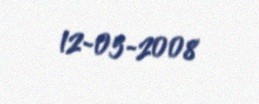
12-05-2008